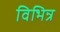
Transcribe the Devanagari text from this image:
विभिन्र